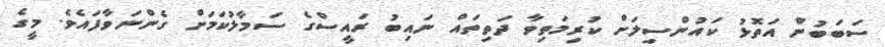
ސަބަބުން އަތޮޅު ކައުންސިލަށް ކުރިމަތިވާ ދަތިތައް ނައިބު ރައީސްގެ ސަމާލުކަމަށް ގެންނަވާފައެވެ. މީގެ